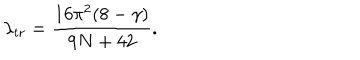
LaTeX: \lambda _ { t r } = \frac { 1 6 \pi ^ { 2 } ( 8 - \gamma ) } { 9 N + 4 2 } .